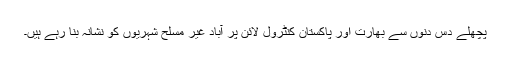
پچھلے دس دنوں سے بھارت اور پاکستان کنٹرول لائن پر آباد غیر مسلح شہریوں کو نشانہ بنا رہے ہیں۔